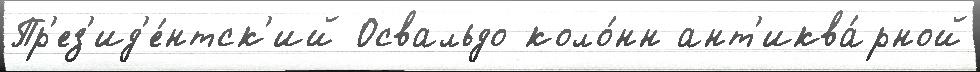
Пр'ез'ид'е́нтск'ий Освальдо коло́нн ант'иква́рной